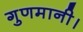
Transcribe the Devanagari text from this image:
गुणमानी।